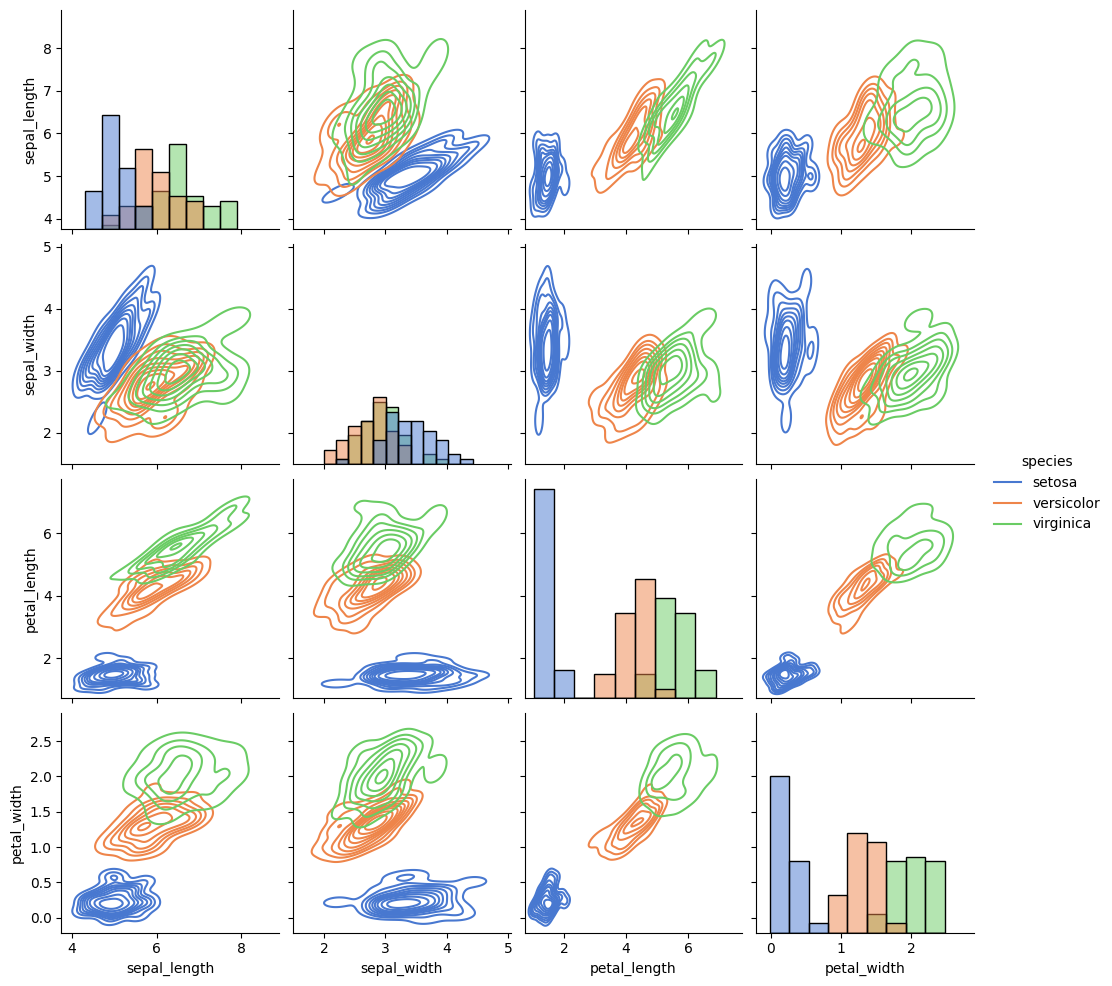
python, seaborn, pairplot, palette='muted', markers=['o', 's', 'D'], kind='kde', diag_kind='hist'